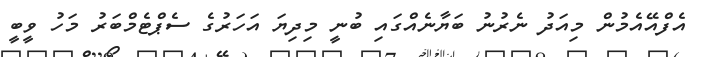
އެފްއޭއެމުން މިއަދު ނެރުނު ބަޔާނެއްގައި ބުނީ މިދިޔަ އަހަރުގެ ސެޕްޓެމްބަރު މަހު ވީބީ